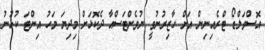
އޮސްވަލްޑޯ ޓްރެއިނިން އަށް ހާޒިރުުނުވީ ޔުވެންޓަސްއާ ދެކޮޅަށް މިދިޔަ މަހު އިންޓަ ކުޅުުނު